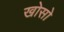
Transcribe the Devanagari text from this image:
खोसो